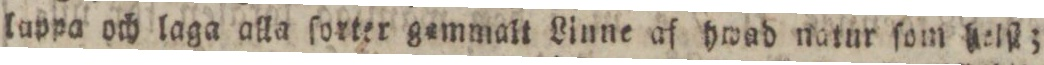
luppa och laga alla ſorter gammalt Linne af hwad natur ſom helſt;